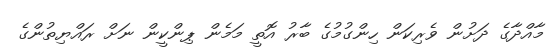
މާއްދާގެ ދަށުން ވެރިކަން ހިންގުމުގެ ބާރު އޮތީ މަމެން ޕިންކީން ނަށް ރައްޔިތުންގެ